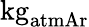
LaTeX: \mathrm{kg_{atmAr}}